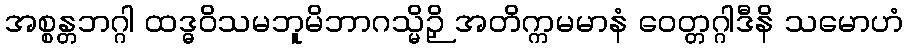
အစ္စန္တဘဂ္ဂါ ထဒ္ဓဝိသမဘူမိဘာဂသ္မိဉှိ အတိက္ကမမာနံ ဝေတ္တဂ္ဂါဒီနိ သမောဟံ